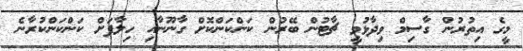
މީގެ އިތުރުން ގާސިމް ވިދާޅުވީ ޗާޓުން ބޭރުން ކަންކަންކޮށް ގާނޫނާއި ހިލާފަށް ކަންކަންކުރާނެ